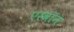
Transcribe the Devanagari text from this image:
एरवॉन